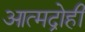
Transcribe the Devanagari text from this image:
आत्मद्रोही